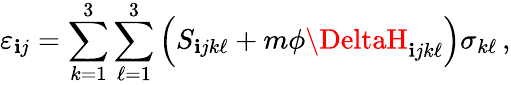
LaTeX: \varepsilon_{\mathbf{i}j}=\sum_{k=1}^{3}\sum_{\ell=1}^{3}\left(S_{\mathbf{i}jk\ell}+m\phi\DeltaH_{\mathbf{i}jk\ell}\right)\sigma_{k\ell}\, ,